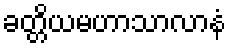
ခတ္တိယမဟာသာလာနံ